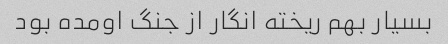
بسیار بهم ریخته انگار از جنگ اومده بود